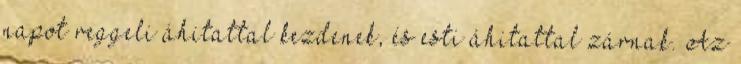
napot reggeli áhitattal kezdenek, és esti áhitattal zárnak. Az